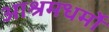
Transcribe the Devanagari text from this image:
आश्रमधर्मों